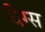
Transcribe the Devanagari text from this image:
वैग्स